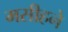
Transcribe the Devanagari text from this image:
मसीहने